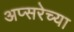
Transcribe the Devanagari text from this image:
अप्सरेच्या